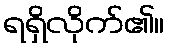
ရရှိလိုက်၏။